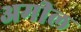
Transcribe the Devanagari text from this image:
अमील